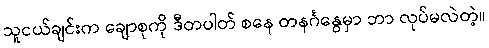
သူငယ်ချင်းက ချောစုကို ဒီတပါတ် စနေ တနင်္ဂနွေမှာ ဘာ လုပ်မလဲတဲ့။